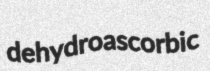
dehydroascorbic